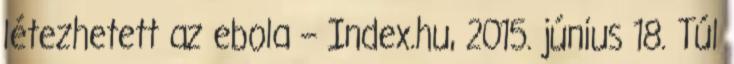
létezhetett az ebola – Index.hu, 2015. június 18. Túl